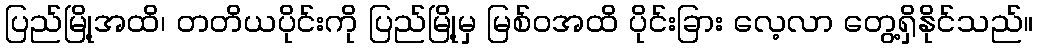
ပြည်မြို့အထိ၊ တတိယပိုင်းကို ပြည်မြို့မှ မြစ်ဝအထိ ပိုင်းခြား လေ့လာ တွေ့ရှိနိုင်သည်။